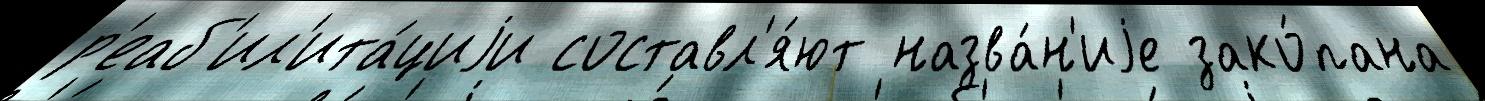
р'еаб'ил'ита́циjи составл'я́ют назва́н'иjе зако́пана